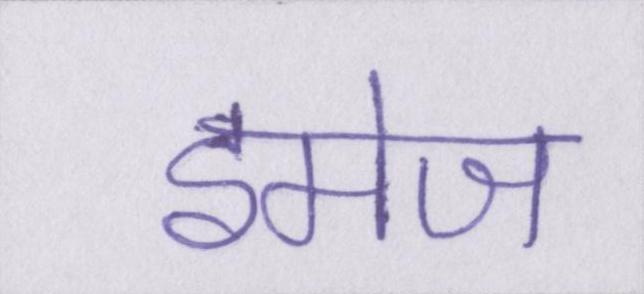
इमेज